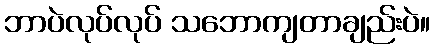
ဘာပဲလုပ်လုပ် သဘောကျတာချည်းပဲ။